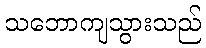
သဘောကျသွားသည်